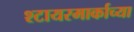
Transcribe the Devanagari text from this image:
श्टायरमार्काच्या